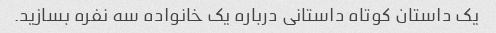
یک داستان کوتاه داستانی درباره یک خانواده سه نفره بسازید.